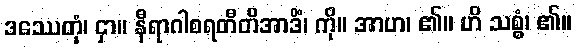
ဒဿေတုံ၊ ငှာ။ နီရာဂါစရတီတိအာဒိံ၊ ကို။ အာဟ၊ ၏။ ဟိ သစ္စံ၊ ၏။